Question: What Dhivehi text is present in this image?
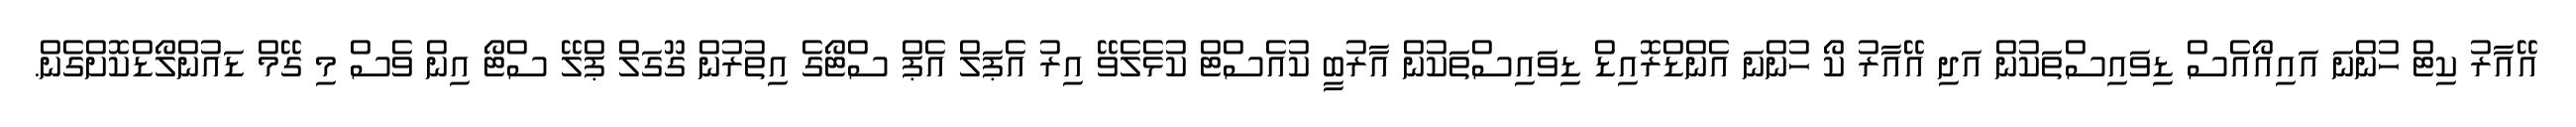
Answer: އޭއާރު ކިޓް ހުންނަ އައިއޯއެސް ޑިވައިސްތަކުން އަދި އޭއާރު ކޯ ހުންނަ އެންޑްރޮއިޑް ޑިވައިސްތަކުން އާރުބީ ކުއެސްޓް ކުޅެލެވޭ އިރު އެޕަލް އެޕް ސްޓޯގެ އިތުރުން ގޫގަލް ޕްލޭ ސްޓޯ އިން ވެސް މި ގޭމް ޑައުންލޯޑްކޮށްގެން.